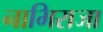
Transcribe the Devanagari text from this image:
नाभिराजा